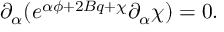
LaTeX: \partial _ { \alpha } ( e ^ { \alpha \phi + 2 B q + \chi } \partial _ { \alpha } \chi ) = 0 .